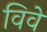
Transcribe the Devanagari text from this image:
विवे